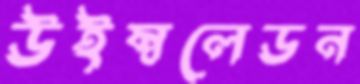
উইম্বলেডন